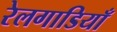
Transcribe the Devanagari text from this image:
रेलगाडियाँ